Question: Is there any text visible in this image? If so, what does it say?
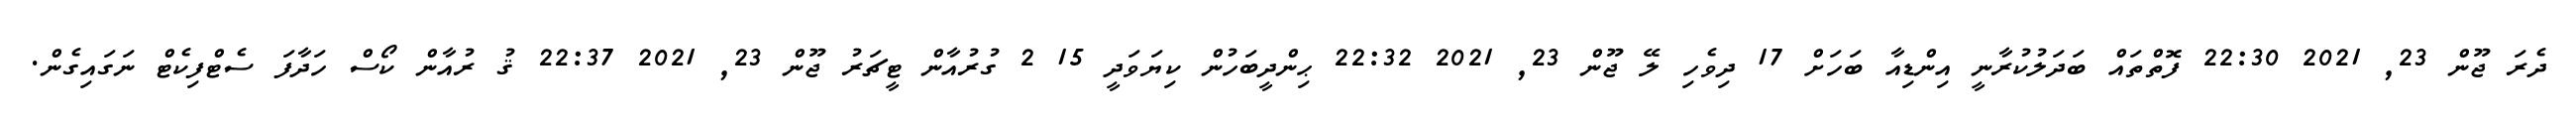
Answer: ދެރަ ޖޫން 23, 2021 22:30 ފޮތްތައް ބަދަލުކުރާނީ އިންޑިއާ ބަހަށް 17 ދިވެހި ލޭ ޖޫން 23, 2021 22:32 ޙިންދީބަހުން ކިޔަވަދީ 15 2 ގުރުއާން ޓީޗަރު ޖޫން 23, 2021 22:37 ޤު ރުއާން ކޯސް ހަދާފަ ސެޓްފިކެޓް ނަގައިގެން.